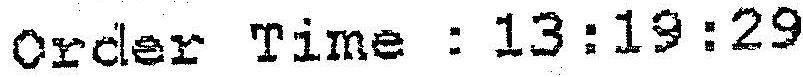
ORDER TIME : 13:19:29